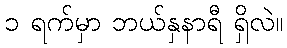
၁ ရက်မှာ ဘယ်နှနာရီ ရှိလဲ။